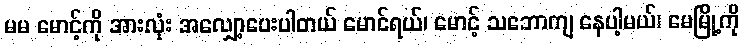
မမ မောင့်ကို အားလုံး အလျှော့ပေးပါတယ် မောင်ရယ်၊ မောင့် သဘောကျ နေပါ့မယ်၊ မေမြို့ကို